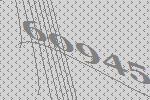
60945